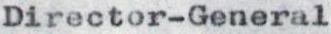
Director-General